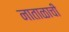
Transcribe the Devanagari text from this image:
नाताळाची